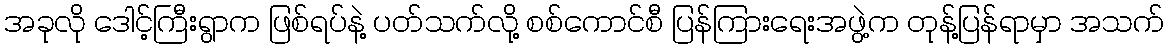
အခုလို ဒေါင့်ကြီးရွာက ဖြစ်ရပ်နဲ့ ပတ်သက်လို့ စစ်ကောင်စီ ပြန်ကြားရေးအဖွဲ့က တုန့်ပြန်ရာမှာ အသက်